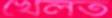
খেলত